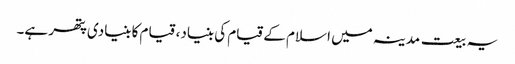
یہ بیعت مدینہ میں اسلام کے قیام کی بنیاد، قیام کا بنیادی پتھر ہے۔